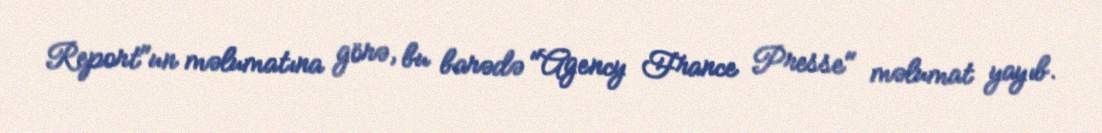
Report"un məlumatına görə, bu barədə "Agency France Presse" məlumat yayıb.